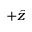
+ \hat { z }